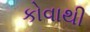
કોવાથી